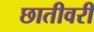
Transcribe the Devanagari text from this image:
छातीवरी